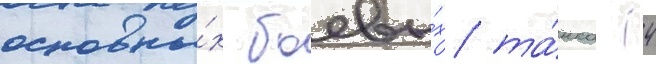
основны́х боевы́х та́нка (4